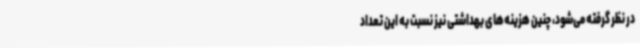
در نظر گرفته می‌شود، چنین هزینه‌های بهداشتی نیز نسبت به این تعداد